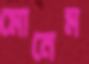
মোনেম